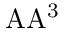
\mathrm { \ A A ^ { 3 } }